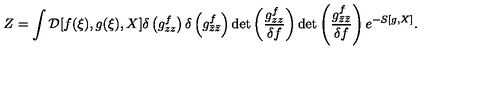
Z = \int { \cal D } [ f ( \xi ) , g ( \xi ) , X ] \delta \left( g _ { z z } ^ { f } \right) \delta \left( g _ { \bar { z } \bar { z } } ^ { f } \right) \mathrm { d e t } \left( \frac { g _ { z z } ^ { f } } { \delta f } \right) \mathrm { d e t } \left( \frac { g _ { \bar { z } \bar { z } } ^ { f } } { \delta f } \right) e ^ { - S [ g , X ] } .